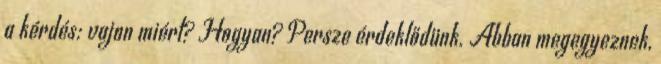
a kérdés: vajon miért? Hogyan? Persze érdeklődünk. Abban megegyeznek,